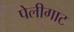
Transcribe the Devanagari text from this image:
पेलीगाट